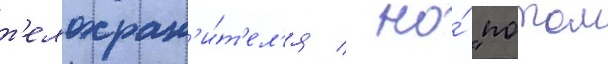
т'елохран'и́т'ел'я / но́ "потом